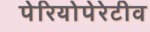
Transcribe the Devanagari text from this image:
पेरियोपेरेटीव